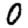
Digit: 0